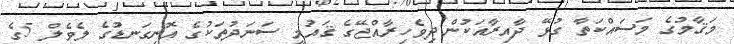
މަޤާމުގެ މަސައްކަތާ ގުޅޭ ދާއިރާއަކުން ދިވެހިރާއްޖޭގެ ޤައުމީ ސަނަދުތަކުގެ އޮނިގަނޑުގެ ލެވެލް 5ގެ